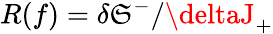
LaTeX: R(f)=\delta\mathfrak{S}^{-}/\deltaJ_{+}